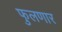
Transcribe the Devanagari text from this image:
फुलणार